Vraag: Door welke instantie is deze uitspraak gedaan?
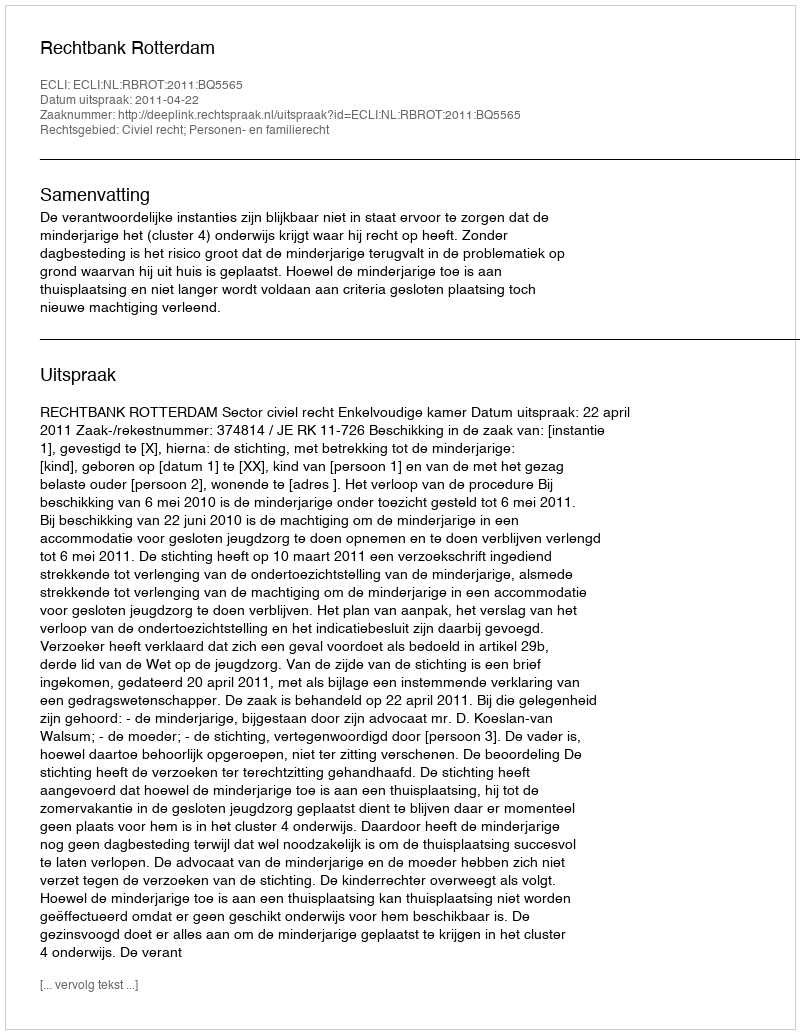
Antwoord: Rechtbank Rotterdam